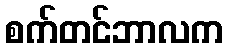
စက်တင်ဘာလက